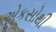
એકસોથી